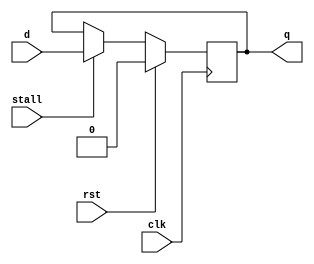
module latch (q, d, stall, clk, rst);

    output         q;
    input          d;
    input          stall;
    input          clk;
    input          rst;

    reg            state;

    assign #(1) q = state;
    assign dd = stall ? d : q;

    always @(posedge clk) begin
      state = rst? 0 : dd;
    end

endmodule